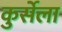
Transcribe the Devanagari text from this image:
कुर्सेला